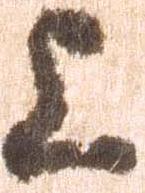
上